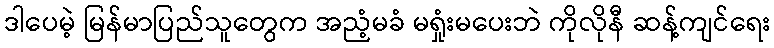
ဒါပေမဲ့ မြန်မာပြည်သူတွေက အညံ့မခံ မရှုံးမပေးဘဲ ကိုလိုနီ ဆန့်ကျင်ရေး